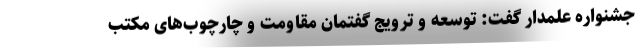
جشنواره علمدار گفت: توسعه و ترویج گفتمان مقاومت و چارچوب‌های مکتب